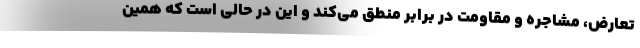
تعارض، مشاجره و مقاومت در برابر منطق می‌کند و این در حالی است که همین